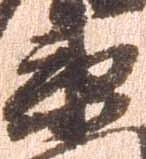
衛